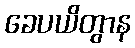
ခေပယိတွာန